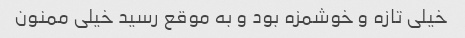
خیلی تازه و خوشمزه بود و به موقع رسید خیلی ممنون